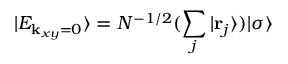
| E _ { { \bf k } _ { x y } = 0 } \rangle = N ^ { - 1 / 2 } ( \sum _ { j } | { \bf r } _ { j } \rangle ) | \sigma \rangle